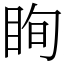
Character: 眴